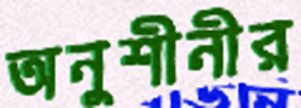
অনুশীনীর